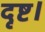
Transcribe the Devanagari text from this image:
दृष्ट।